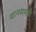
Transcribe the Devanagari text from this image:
वानसपती